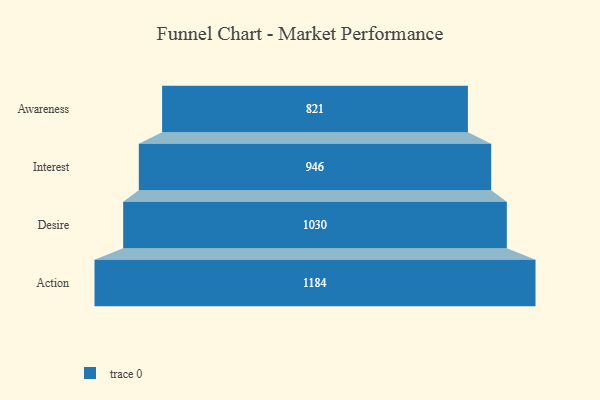
{"axis": {"x": "Stage", "y": "Value"}, "legend": [""], "data": [{"x": "Awareness", "y": 821.0, "type": ""}, {"x": "Interest", "y": 946.0, "type": ""}, {"x": "Desire", "y": 1030.0, "type": ""}, {"x": "Action", "y": 1184.0, "type": ""}]}